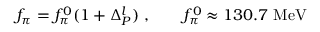
f _ { \pi } = f _ { \pi } ^ { 0 } ( 1 + \Delta _ { P } ^ { l } ) \; , \qquad f _ { \pi } ^ { 0 } \approx 1 3 0 . 7 ~ \mathrm { M e V }